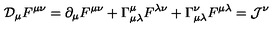
{ \cal D } _ { \mu } F ^ { \mu \nu } = \partial _ { \mu } F ^ { \mu \nu } + \Gamma _ { \mu \lambda } ^ { \mu } F ^ { \lambda \nu } + \Gamma _ { \mu \lambda } ^ { \nu } F ^ { \mu \lambda } = { \cal J } ^ { \nu }